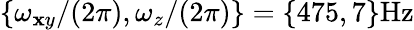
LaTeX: \{ \omega_{\mathbf{x}y}/(2\pi),\omega_{z}/(2\pi)\} =\{ 475,7\} \mathrm{{Hz}}